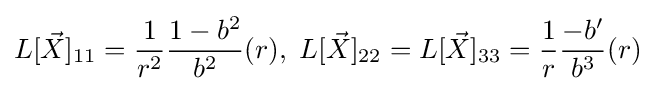
L[{\vec {X}}]_{11}={\frac {1}{r^{2}}}{\frac {1-b^{2}}{b^{2}}}(r),\;L[{\vec {X}}]_{22}=L[{\vec {X}}]_{33}={\frac {1}{r}}{\frac {-b'}{b^{3}}}(r)